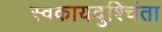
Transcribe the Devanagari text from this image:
स्वकायदुश्चिंता